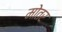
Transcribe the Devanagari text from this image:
मोतर